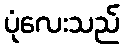
ပုံလေးသည်